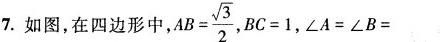
7.如图，在四边形中，$$A B= \frac { \sqrt { 3 } } { 2 }，$$B C = 1$$，$$∠ A = ∠ B